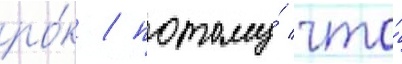
ро́к / потому́ что́